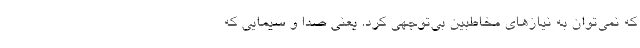
که نمی‌توان به نیازهای مخاطبین بی‌توجهی کرد. یعنی صدا و سیمایی که